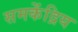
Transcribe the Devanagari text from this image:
समकेंद्रिय